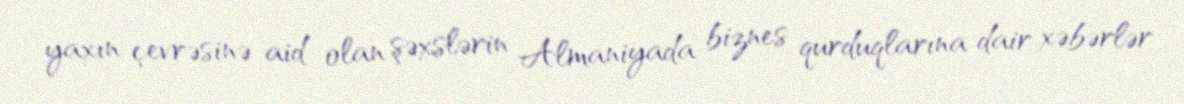
yaxın çevrəsinə aid olan şəxslərin Almaniyada biznes qurduqlarına dair xəbərlər